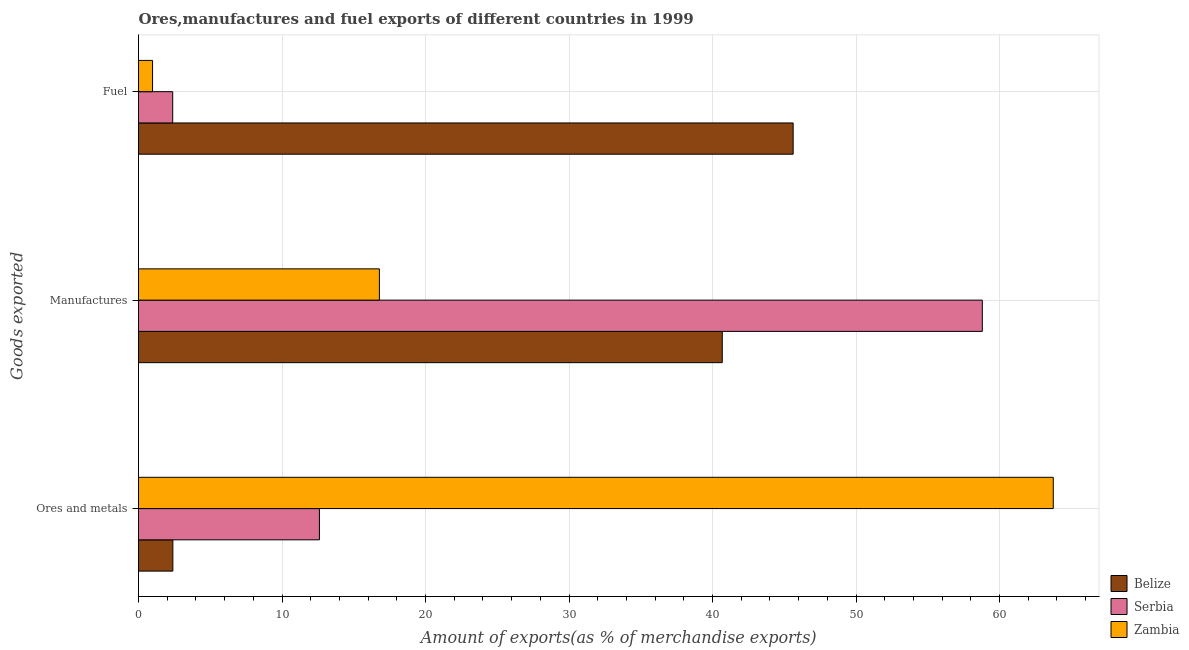
| Goods exported | Belize | Serbia | Zambia |
 | --- | --- | --- | --- |
 | Ores and metals | 2.39 | 12.6 | 63.7 |
 | Manufactures | 40.7 | 58.8 | 16.8 |
 | Fuel | 45.6 | 2.38 | 0.98 |